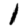
Digit: 1